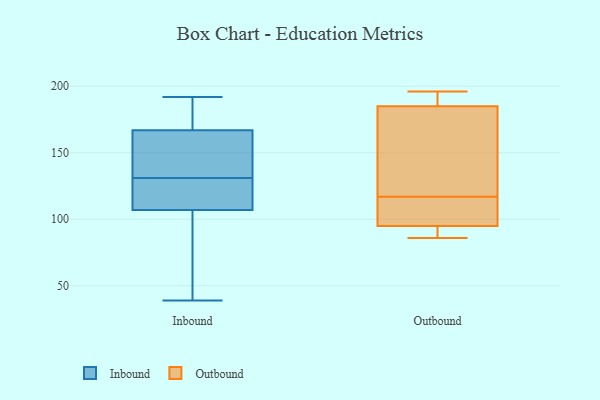
{"axis": {"x": "Market Share (%)", "y": "Value"}, "legend": ["Inbound", "Outbound"], "data": [{"x": "", "y": 149, "type": "Inbound"}, {"x": "", "y": 107, "type": "Inbound"}, {"x": "", "y": 167, "type": "Inbound"}, {"x": "", "y": 138, "type": "Inbound"}, {"x": "", "y": 189, "type": "Inbound"}, {"x": "", "y": 172, "type": "Inbound"}, {"x": "", "y": 59, "type": "Inbound"}, {"x": "", "y": 160, "type": "Inbound"}, {"x": "", "y": 39, "type": "Inbound"}, {"x": "", "y": 124, "type": "Inbound"}, {"x": "", "y": 94, "type": "Inbound"}, {"x": "", "y": 107, "type": "Inbound"}, {"x": "", "y": 116, "type": "Inbound"}, {"x": "", "y": 192, "type": "Inbound"}, {"x": "", "y": 90, "type": "Outbound"}, {"x": "", "y": 185, "type": "Outbound"}, {"x": "", "y": 192, "type": "Outbound"}, {"x": "", "y": 117, "type": "Outbound"}, {"x": "", "y": 95, "type": "Outbound"}, {"x": "", "y": 162, "type": "Outbound"}, {"x": "", "y": 196, "type": "Outbound"}, {"x": "", "y": 111, "type": "Outbound"}, {"x": "", "y": 117, "type": "Outbound"}, {"x": "", "y": 86, "type": "Outbound"}]}